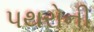
પથરોની